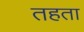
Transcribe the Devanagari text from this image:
तहता